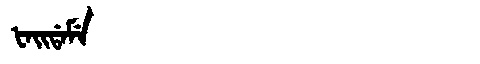
Manchu: ᡶᠠᡳᡩᠠᠮᡝ
Romanization: FAIDAME